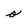
Character: o